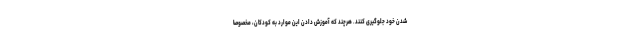
شدن خود جلوگیری کنند. هرچند که آموزش دادن این موارد به کودکان، مخصوصا